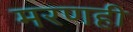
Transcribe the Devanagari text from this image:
मरणही